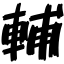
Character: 輔